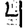
Digit: 4